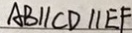
A B / / C D / / E F